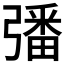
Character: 𢐠